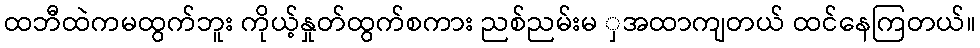
ထဘီထဲကမထွက်ဘူး ကိုယ့်နှုတ်ထွက်စကား ညစ်ညမ်းမ ှအထာကျတယ် ထင်နေကြတယ်။